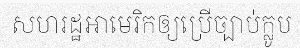
សហរដ្ឋអាមេរិកឲ្យប្រើច្បាប់ក្លូប